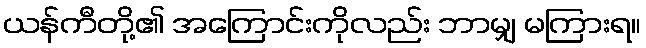
ယန်ကီတို့၏ အကြောင်းကိုလည်း ဘာမျှ မကြားရ။